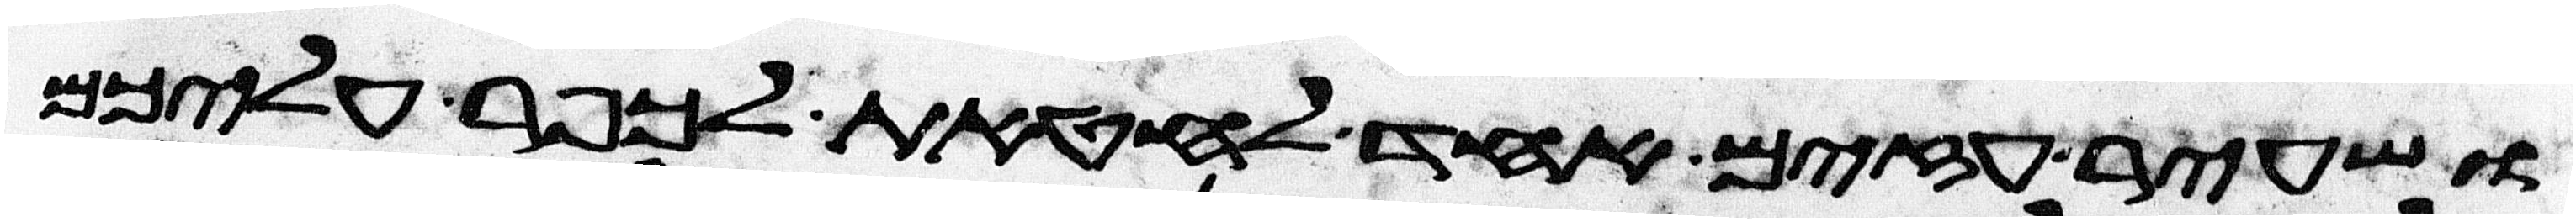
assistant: ושעיר עזים אחד לחטאת לכפר עליכם